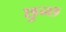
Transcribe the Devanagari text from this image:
छुन्छ